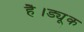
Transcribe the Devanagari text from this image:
है।ड्यूक